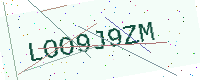
Text: LOO9J9ZM